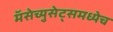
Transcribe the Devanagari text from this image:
मॅसेच्युसेट्समध्येच